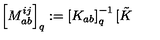
\left[ M _ { a b } ^ { i j } \right] _ { q } : = \left[ K _ { a b } \right] _ { q } ^ { - 1 } [ \tilde { K }